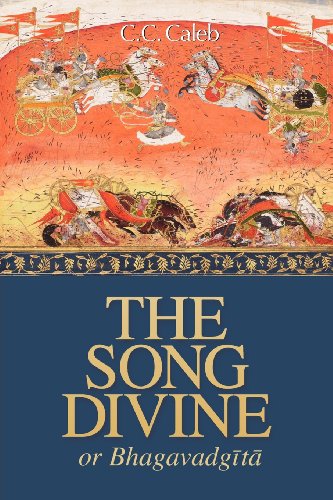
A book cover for The Song Divine, Or, Bhagavad-Gita: A Metrical Rendering; Religion & Spirituality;